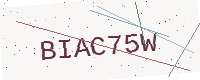
Text: BIAC75W